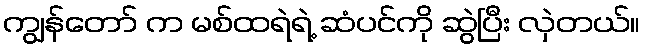
ကျွန်တော် က မစ်ထရဲရဲ့ ဆံပင်ကို ဆွဲပြီး လှဲတယ်။